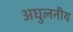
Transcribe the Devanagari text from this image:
अघुलनीय